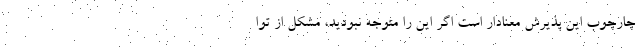
چارچوب این پذیرش معنادار است اگر این را متوجه نبودید، مشکل از توا